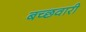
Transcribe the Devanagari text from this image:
बच्छवारी